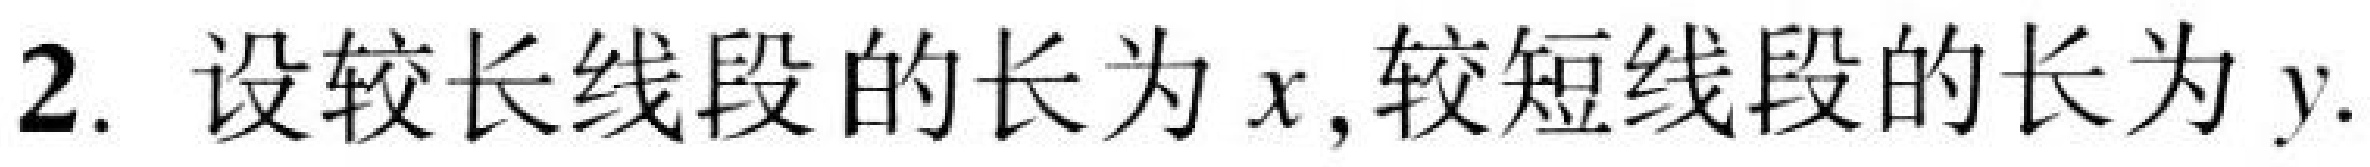
2. 设较长线段的长为\(x\),较短线段的长为\(y\).